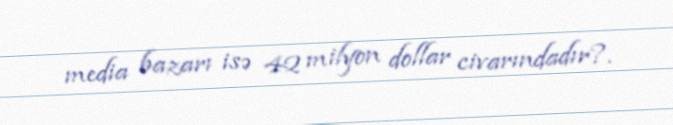
media bazarı isə 42 milyon dollar civarındadır?.